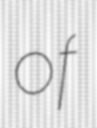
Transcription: of